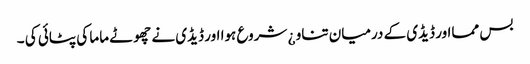
بس ممااور ڈیڈی کے درمیان تناو ¿ شروع ہوا اور ڈیڈی نے چھوٹے ماما کی پٹائی کی ۔